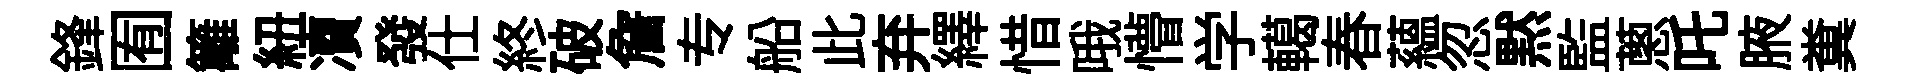
鋒囿籬紐凟發仕終破詹专船此弃繹惜哦懵学轕春藴忽黙監蔥吒腋糞